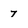
Character: 7